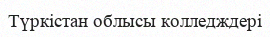
Түркістан облысы колледждері